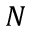
N